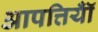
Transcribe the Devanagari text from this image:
आपत्तियॉँ